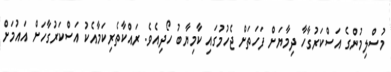
މުސްލިމުންގެ އަސްކަރުގާހާ ދިމާޔަށް ފަހަތަށް ޖެހުމުގައި ކާމިޔާބު ހޯދިއެވެ. ރައްކާތެރިކަމާއެކު އަސްކަރުގާހަށް އައުމަށް